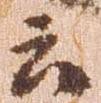
云